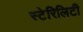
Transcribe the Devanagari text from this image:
स्टेरिलिटी